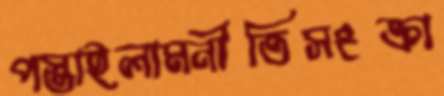
পস্তাইলামনীতিসংক্রা